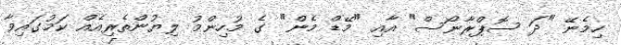
ހިމެނޭ "ދަ ސޮޕްރާނޯސް" އާއި "މޭޑް މެން" ގެ މުހިންމު ލިޔުންތެރިއެއް ކަމުގައިވާ